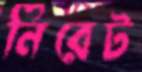
নিরেট